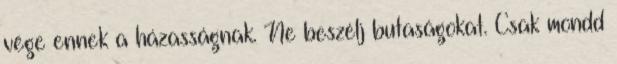
vége ennek a házasságnak. Ne beszélj butaságokat. Csak mondd